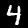
Digit: 4